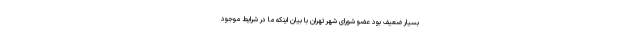
بسیار ضعیف بود عضو شورای شهر تهران با بیان اینکه ما در شرایط موجود